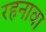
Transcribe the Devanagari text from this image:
रहनावा